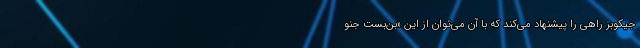
جیکوبز راهی را پیشنهاد می‌کند که با آن می‌توان از این «بن‌بست جنو